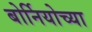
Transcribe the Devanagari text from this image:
बोर्नियोच्या